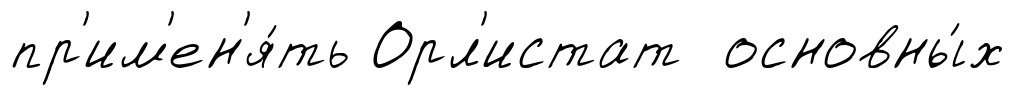
пр'им'ен'я́ть Орл'истат основны́х